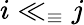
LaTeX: i\ll_{\equiv}j